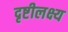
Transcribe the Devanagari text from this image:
दृष्टीलक्ष्य